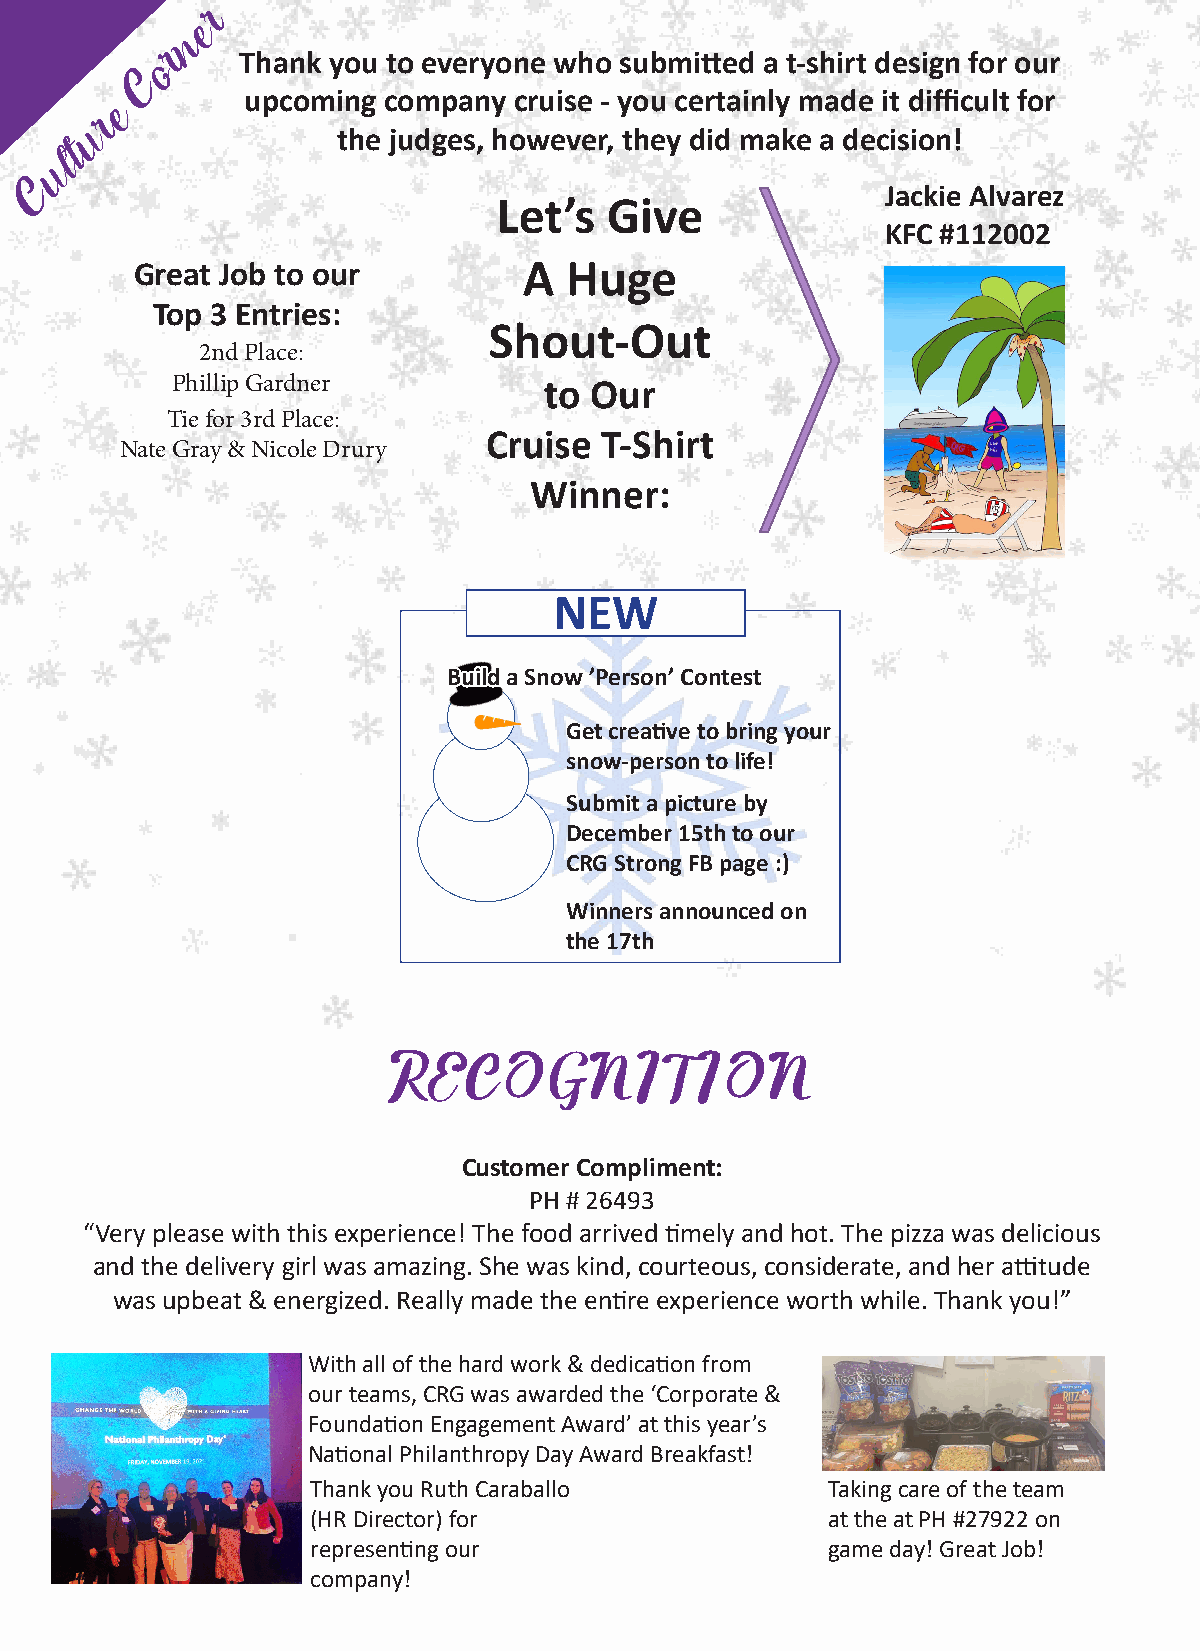
r
 e
 n
 Thank you to everyone who submitted a t-shirt design for our
 r
 o
 C
 upcoming company  cruise - you certainly made it difficult for
 e
 r              the judges, however, they did make a decision!
 u
 t
 l
 u
 C                                                       Jackie Alvarez
 Let’s  Give
 KFC #112002
 Great Job to our          A Huge
 Top 3 Entries:
 Shout-Out
 2nd Place:
 Phillip Gardner          to Our
 Tie for 3rd Place:
 Cruise  T-Shirt
 Nate Gray & Nicole Drury
 Winner:
 NEW
 BBuuiilldd a Snow ’Person’ Contest
 Get creative to bring your
 snow-person to life!
 Submit a picture by
 December 15th to our
 CRG Strong FB page :)
 Winners announced on
 the 17th
 RECOGNITION
 Customer Compliment:
 PH # 26493
 “Very please with this experience! The food arrived timely and hot. The pizza was delicious
 and the delivery girl was amazing. She was kind, courteous, considerate, and her attitude
 was upbeat & energized. Really made the entire experience worth while. Thank you!”
 With all of the hard work & dedication from
 our teams, CRG was awarded the ‘Corporate &
 Foundation Engagement Award’ at this year’s
 National Philanthropy Day Award Breakfast!
 Thank you Ruth Caraballo          Taking care of the team
 (HR Director) for                 at the at PH #27922 on
 representing our                  game day! Great Job!
 company!